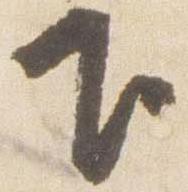
下